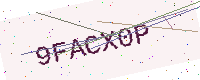
Text: 9FACX0P